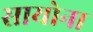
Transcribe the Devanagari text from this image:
सायोना